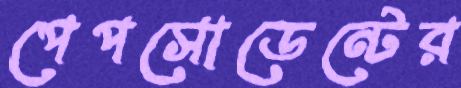
পেপসোডেন্টের